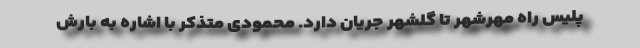
پلیس راه مهرشهر تا گلشهر جریان دارد. محمودی متذکر با اشاره به بارش